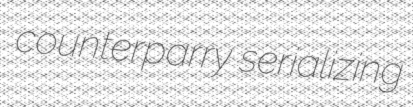
counterparry serializing